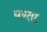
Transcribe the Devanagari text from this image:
घण्ता